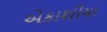
એકાશીયા